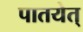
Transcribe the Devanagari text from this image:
पातयेत्